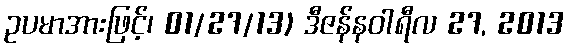
ဥပမာအားဖြင့်၊ 01/27/13) ဒီဇန်နဝါရီလ 27, 2013